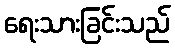
ရေးသားခြင်းသည်